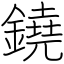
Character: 鐃